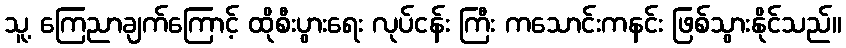
သူ့ ကြေညာချက်ကြောင့် ထိုစီးပွားရေး လုပ်ငန်း ကြီး ကသောင်းကနင်း ဖြစ်သွားနိုင်သည်။